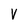
Character: V